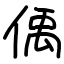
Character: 偊